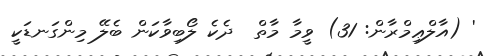
' (އާލްޢިމްރާން: 31) ވީމާ މާތް  ދެކެ ލޯބިވާކަން ބެލޭ މިންގަނޑަކީ